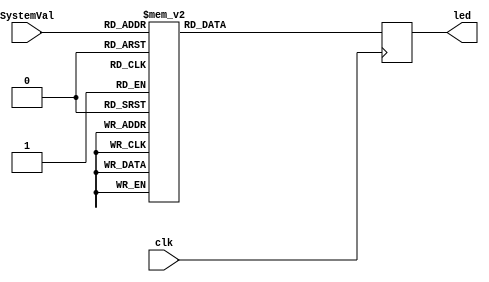
`timescale 1ns / 1ps
//////////////////////////////////////////////////////////////////////////////////
// Company: 
// Engineer: 
// 
// Design Name: 
// Module Name: ShowRepeatingSystemVal
// Project Name: 
// Target Devices: 
// Tool Versions: 
// Description: 
// 
// Dependencies: 
// 
// Revision:
// Revision 0.01 - File Created
// Additional Comments:
// 
//////////////////////////////////////////////////////////////////////////////////

//BLINKING 16 LEDS TO SHOW THE SYSTEM VAL
module ShowRepeatingSystemVal(
input clk,
input [3:0]SystemVal,
output reg [15:0]led
    );
    
always @(posedge clk)begin
case(SystemVal)
    4'b0000:led<=16'h0001;
    4'b0001:led<=16'h0002;
    4'b0010:led<=16'h0004;
    4'b0011:led<=16'h0008;
    4'b0100:led<=16'h0010; 
    4'b0101:led<=16'h0020;
    4'b0110:led<=16'h0040; 
    4'b0111:led<=16'h0080;
    4'b1000:led<=16'h0100;
    4'b1001:led<=16'h0200;
    4'b1010:led<=16'h0400; 
    4'b1011:led<=16'h0800; 
    4'b1100:led<=16'h1000;
    4'b1101:led<=16'h2000; 
    4'b1110:led<=16'h4000; 
    4'b1111:led<=16'h8000;    
endcase
end

endmodule